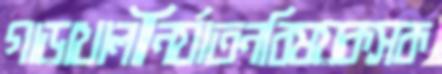
গাড়াখালীনির্যাতনবিষয়কসক